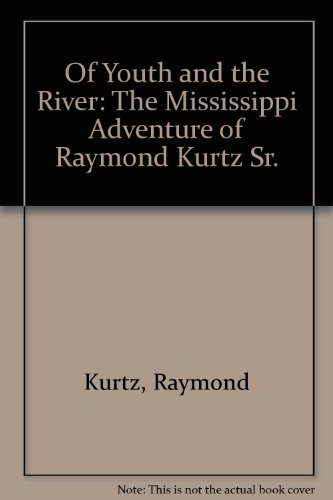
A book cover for Of Youth and the River: The Mississippi Adventure of Raymond Kurtz Sr.; Raymond Kurtz; Travel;